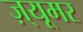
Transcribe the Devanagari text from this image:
ज़्यूमर